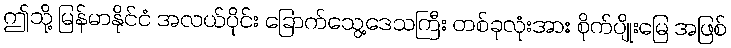
ဤသို့ မြန်မာနိုင်ငံ အလယ်ပိုင်း ခြောက်သွေ့ဒေသကြီး တစ်ခုလုံးအား စိုက်ပျိုးမြေ အဖြစ်